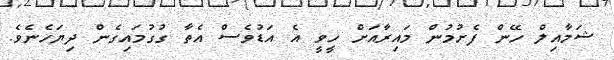
ޝަމާއިލް ހޭން ފެށުމުން މައިރާއަށް ހީވީ އެ އަޑުވެސް އެތާ ގުގުމައިގެން ދިޔަހެނެވެ.